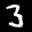
Label: 3